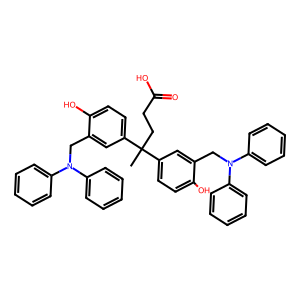
SMILES: CC(CCC(=O)O)(c1ccc(O)c(CN(c2ccccc2)c2ccccc2)c1)c1ccc(O)c(CN(c2ccccc2)c2ccccc2)c1
Inhibits HIV replication: No